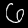
Label: 6